Vaccination Hyderabad 1872-1889 - 1872-1889
Year: 1872
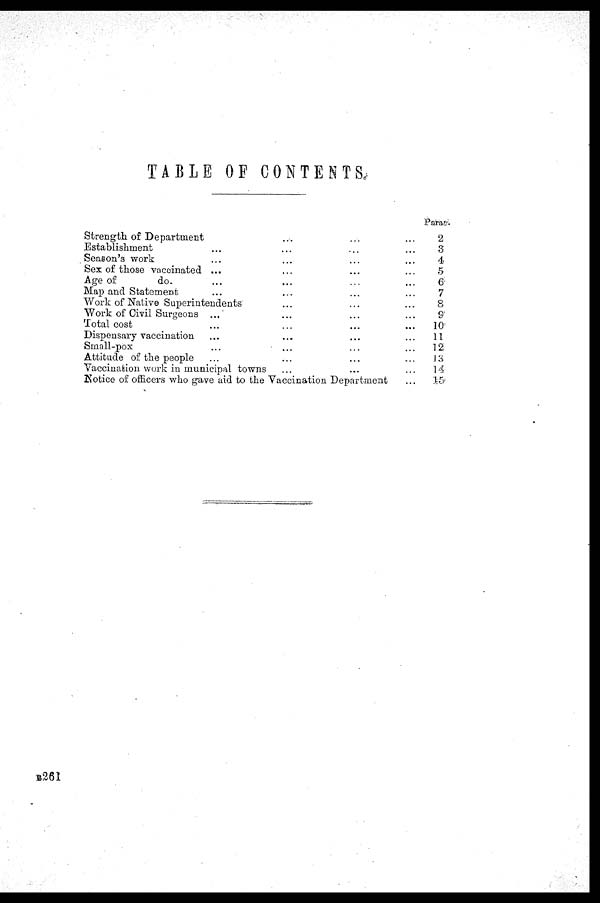
TABLE OF CONTENTS.
Strength of Department ... ... ...
Establishment ... ... ... ...
Season's work ... ... ... ...
Sex of those vaccinated ... ... ... ...
Age of
do. ... ... ... ...
Map and Statement ... ... ... ...
Work of Native Superintendents ... ... ...
Work of Civil Surgeons ... ... ...
Total cost ... ... ... ...
Dispensary vaccination ... ... ... ...
Small-pox ... ... ... ...
Attitude of the people ... ... ... ...
Vaccination work in municipal towns ... ... ...
Notice of officers who gave aid to the Vaccination Department ...
Para.
2
3
4
5
6
7
8
9
10
11
12
13
14
15
B261